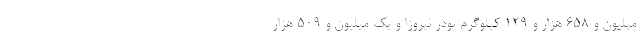
میلیون و 658 هزار و 129 کیلوگرم پودر نیروزا و یک میلیون و 509 هزار